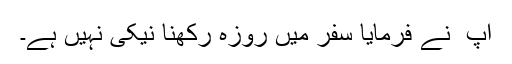
آپ ؐ نے فرمایا سفر میں روزہ رکھنا نیکی نہیں ہے۔